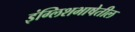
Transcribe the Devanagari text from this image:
इंग्लिशभाषेतील